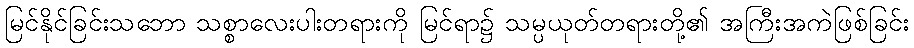
မြင်နိုင်ခြင်းသဘော သစ္စာလေးပါးတရားကို မြင်ရာ၌ သမ္ပယုတ်တရားတို့၏ အကြီးအကဲဖြစ်ခြင်း